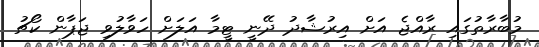
މުބާރާތުގައި ރާއްޖެ އަށް އިރުޝާދު ދޭނީ ޓީމާ އަލަށް ހަވާލުވި ޖަޕާން ކޯޗު